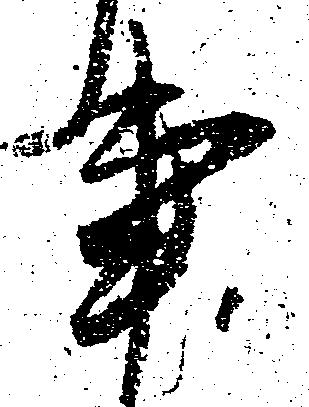
事